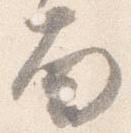
面